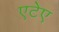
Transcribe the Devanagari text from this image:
एटेए